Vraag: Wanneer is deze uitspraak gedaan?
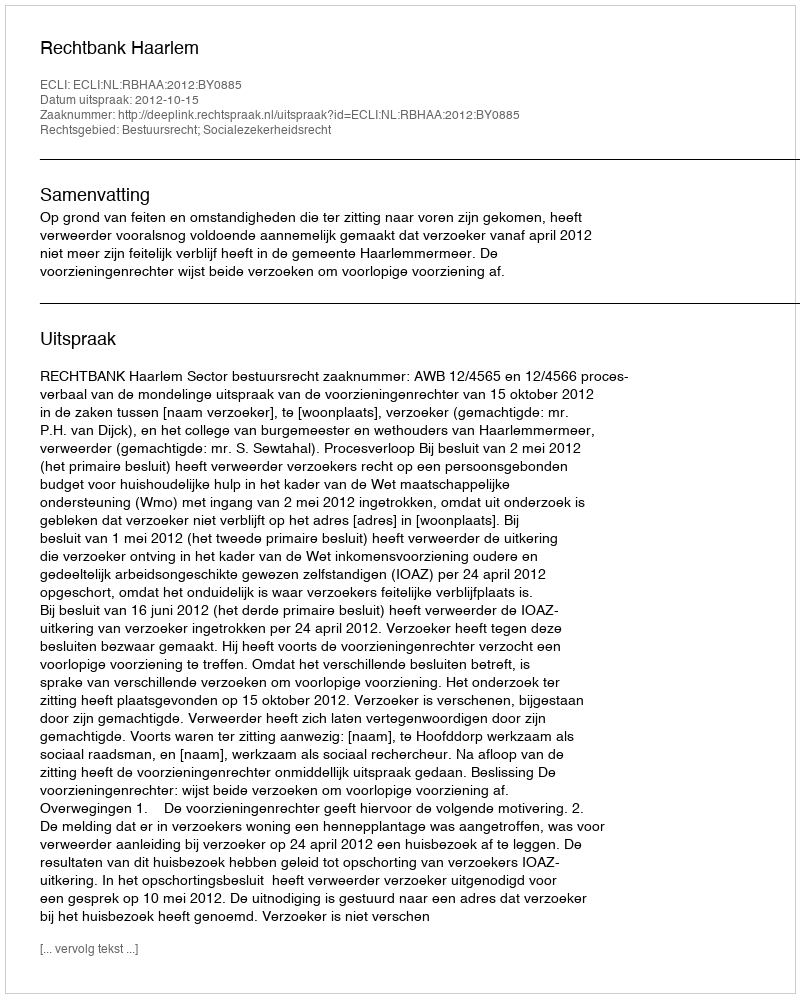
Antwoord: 2012-10-15